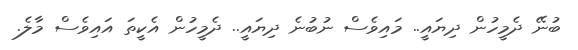
ބުނޭ ދެމީހުން ދިޔައީ.. މައިވެސް ނުބުނެ ދިޔައީ.. ދެމީހުން އެކީތަ އައިވެސް މާލެ.